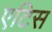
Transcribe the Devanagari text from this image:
एटिस